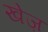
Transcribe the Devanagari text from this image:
खेज़